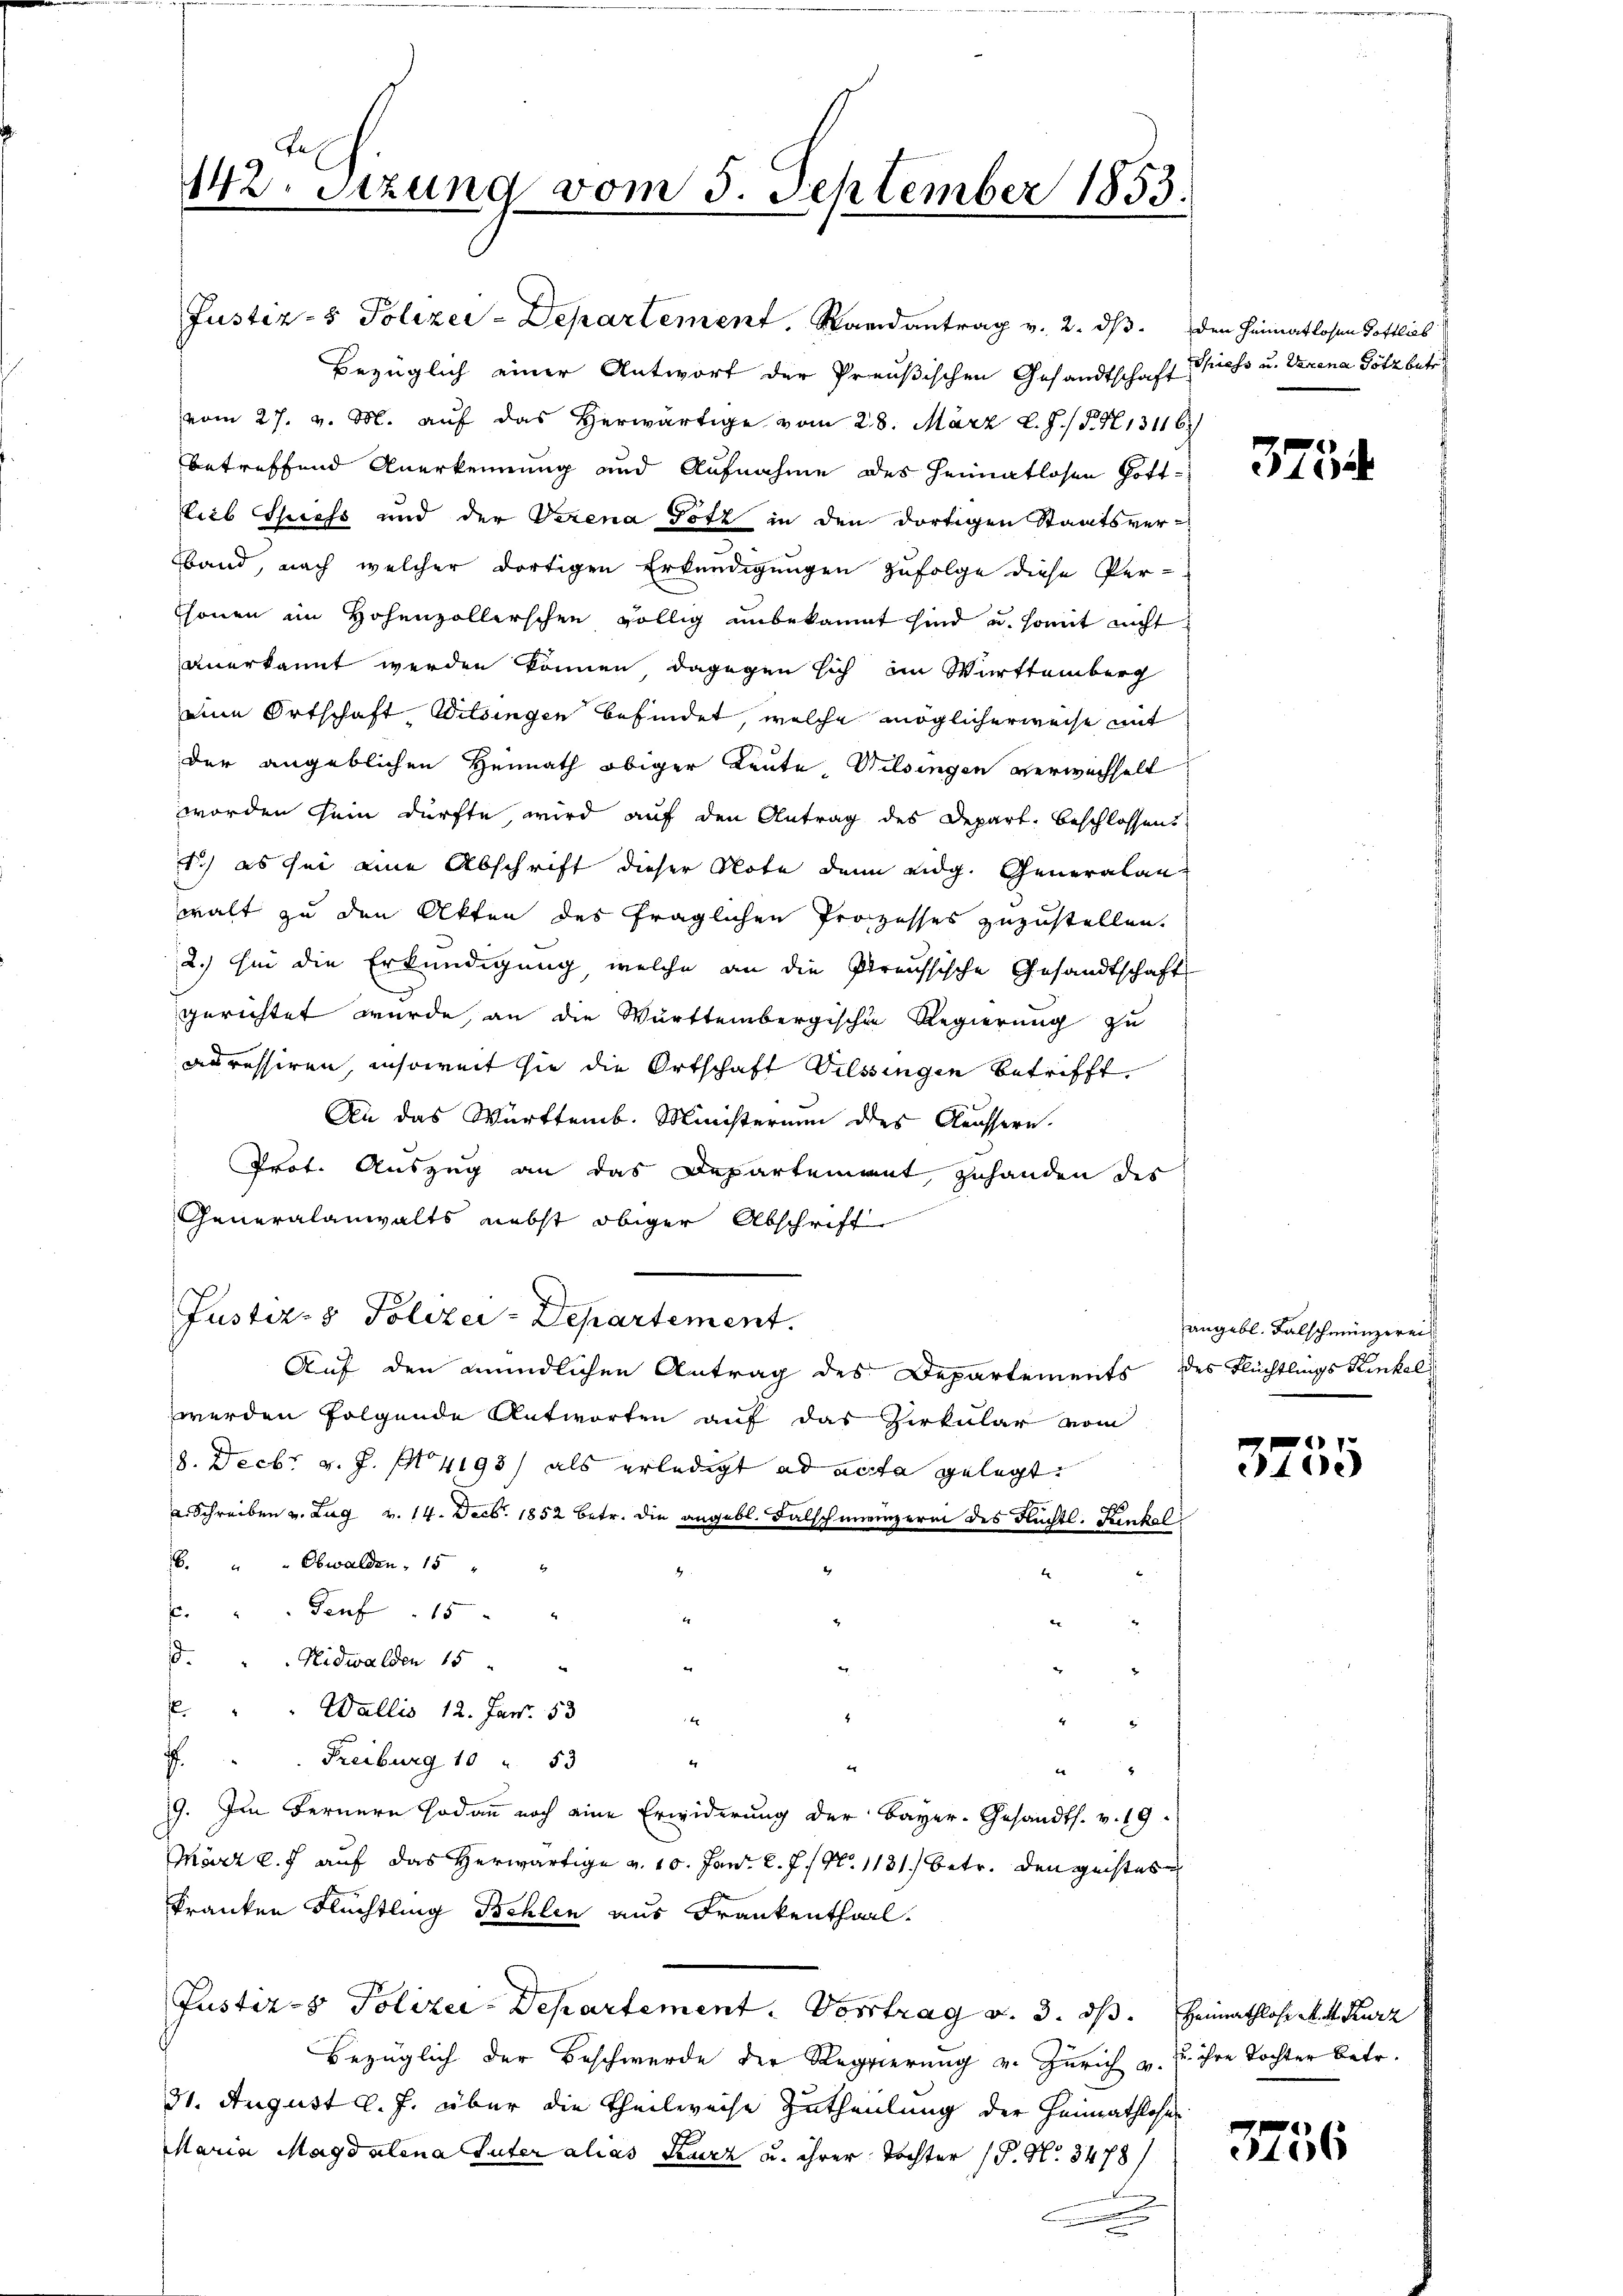
142. Setzung vom 3. September 1853.

Justiz- & Polizei-Departement, Randantrag v. 2. ds. den Heimatlosen Gottlies
Bezüglich einer Antwort der Preußischen Gesandtschaft Priess u. Verena Götz betr.
vom 27. v. M. auf das Herwärtige vom 28. März l. J. / P. N. 13116)
betreffend Anerkennung und Aufnahme des Heimatlosen Gottib Chiess und der Verena Totz in den dortigen Staatsver-
band, nach welcher dortigen Erkundigungen zufolge diese Per-
shonen im Hohenzollerschen völlig unbekannt sind u. somit nicht
anerkannt werden können, dagegen sich im Württemberg
eine Ortschaft Wilsingen befindet, welche möglicherweise mit
der angeblichen Heimath obiger Leute, Wilsingen verwechselt
worden sein dürfte, wird auf den Antrag des Depart. beschlossen.
1) es sei eine Abschrift dieser Note denn eidg. Generalan
walt zu den Akten des fraglichen Prozesses zuzustellen.
2.) In die Erkundigung welche an die Preussische Gesandtschaft
gerichtet wurde, an die Württembergischen Regierung zu
adressiren, insoweit sie die Ortschaft Vilsingen betrifft.
An das Württemb. Ministerium des Aeussern.
Prof. Auszug an das Departement zuhanden des
Generalanwalts nebst obiger Abschrift
Justiz- & Polizei-Departement.
Auf den mündlichen Antrag des Departements des Flüchtlings Kinkelwerden folgende Antworten auf das Zirkular vom
18. Decbr v. J. 4193) als erledigt ad acta gelegt.
a. Schreiben v. Lug v. 14. Decbr. 1852 betr. die angebl. Falschweinzerin des Flüchtl. Kinkel
6. " " Obwalden, 15 "
4
t
. " " Genf 15
1
d. Nidwalden 15
. " " Wallis 12. Jan. 53

I. Freiburg 10 " 53
4
ee
8
99. Im Fernere sodann noch eine Erwiderung der Bayer-Gesandts. v. 19.
März l. J. auf das herwärtige v. 10. Janr. l. J. N. 1131.) betr. den geistes
kranken Flüchtling schlen aus Frankenthail.
Justiz- & Polizei-Departement. Vortrag v. 3. ds. Heimathlose Matt. Kurz
bezüglich der Beschwerde der Regierung v. Zürich u. zu ihre Tochter betr.
31. August l. J. über die Theilweise Zutheilung der Heimathlohn
Maria Magdalena Tuter alias Feuerz u. ihrer Tochter (§. N. 3478/

375.

angebl. Falschmünzereit

1
40)

3756